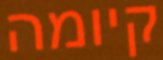
קיומה